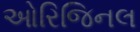
ઓરિજિનલ